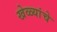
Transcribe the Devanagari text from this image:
खेळ्यांचे